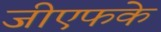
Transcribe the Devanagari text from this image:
जीएफके